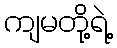
ကျမတို့ရဲ့